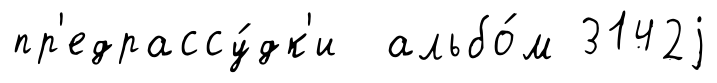
пр'едрассу́дк'и альбо́м 3142j